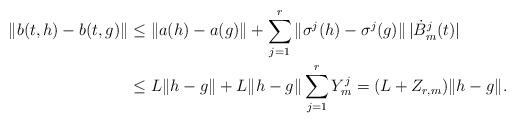
LaTeX: \begin{align*}\| b(t,h) - b(t,g) \| &\leq \| a(h) - a(g) \| + \sum_{j=1}^r \| \sigma^j(h) - \sigma^j(g) \| \, |\dot{B}_m^j(t)|\\ &\leq L \| h-g \| + L \| h-g \| \sum_{j=1}^r Y_m^j = (L + Z_{r,m}) \| h-g \|.\end{align*}